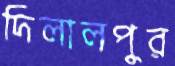
দিলালপুর